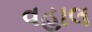
વહાલ